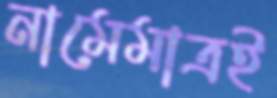
নামেমাত্রই